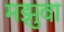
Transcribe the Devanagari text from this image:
मझुवा